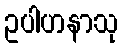
ဥပါဟနာသု